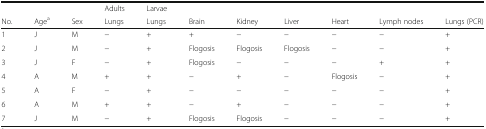
<table><thead><tr><td></td><td></td><td></td><td><b>Adults</b></td><td><b>Larvae</b></td><td></td><td></td><td></td><td></td><td></td><td></td></tr><tr><td><b>No.</b></td><td><b>Age<sup>a</sup></b></td><td><b>Sex</b></td><td><b>Lungs</b></td><td><b>Lungs</b></td><td><b>Brain</b></td><td><b>Kidney</b></td><td><b>Liver</b></td><td><b>Heart</b></td><td><b>Lymph nodes</b></td><td><b>Lungs (PCR)</b></td></tr></thead><tbody><tr><td>1</td><td>J</td><td>M</td><td>−</td><td>+</td><td>+</td><td>−</td><td>−</td><td>−</td><td>−</td><td>+</td></tr><tr><td>2</td><td>J</td><td>M</td><td>−</td><td>+</td><td>Flogosis</td><td>Flogosis</td><td>Flogosis</td><td>−</td><td>−</td><td>+</td></tr><tr><td>3</td><td>J</td><td>F</td><td>−</td><td>+</td><td>Flogosis</td><td>−</td><td>−</td><td>−</td><td>+</td><td>+</td></tr><tr><td>4</td><td>A</td><td>M</td><td>+</td><td>+</td><td>−</td><td>+</td><td>−</td><td>Flogosis</td><td>−</td><td>+</td></tr><tr><td>5</td><td>A</td><td>F</td><td>−</td><td>+</td><td>−</td><td>−</td><td>−</td><td>−</td><td>−</td><td>+</td></tr><tr><td>6</td><td>A</td><td>M</td><td>+</td><td>+</td><td>−</td><td>+</td><td>−</td><td>−</td><td>−</td><td>+</td></tr><tr><td>7</td><td>J</td><td>M</td><td>−</td><td>+</td><td>Flogosis</td><td>Flogosis</td><td>−</td><td>−</td><td>−</td><td>+</td></tr></tbody></table>